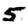
Digit: 5